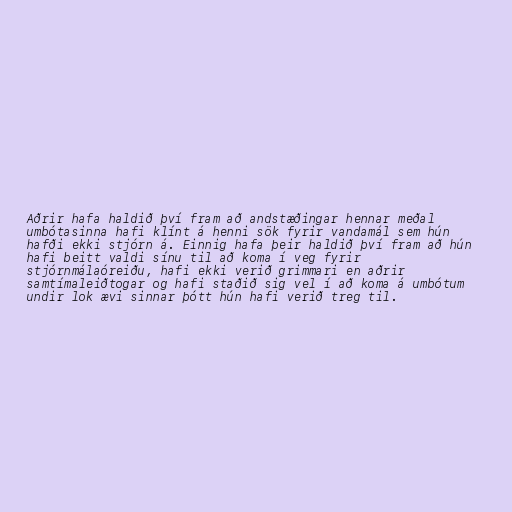
Aðrir hafa haldið því fram að andstæðingar hennar meðal
umbótasinna hafi klínt á henni sök fyrir vandamál sem hún
hafði ekki stjórn á. Einnig hafa þeir haldið því fram að hún
hafi beitt valdi sínu til að koma í veg fyrir
stjórnmálaóreiðu, hafi ekki verið grimmari en aðrir
samtímaleiðtogar og hafi staðið sig vel í að koma á umbótum
undir lok ævi sinnar þótt hún hafi verið treg til.